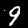
Digit: 9